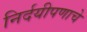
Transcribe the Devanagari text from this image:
निर्दयीपणाचे